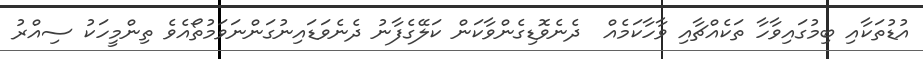
އުޑުތަކާއި ބިމުގައިވާހާ ތަކެއްޗާއި ވާހާކަމެއް  ދެނެވޮޑިގެންވާކަން ކަލޭގެފާނު ދެނެވަޑައިނުގަންނަވަމުތޯއެވެ ތިންމީހަކު ސިއްރު